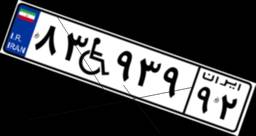
۸۳W۹۳۹۹۲